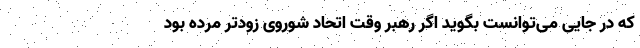
که در جایی می‌توانست بگوید اگر رهبر وقت اتحاد شوروی زودتر مرده بود